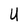
Character: U